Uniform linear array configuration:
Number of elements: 48
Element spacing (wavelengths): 1
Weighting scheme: binomial
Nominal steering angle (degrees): -45
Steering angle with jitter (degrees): -43.284
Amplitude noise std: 0.05
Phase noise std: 0.05

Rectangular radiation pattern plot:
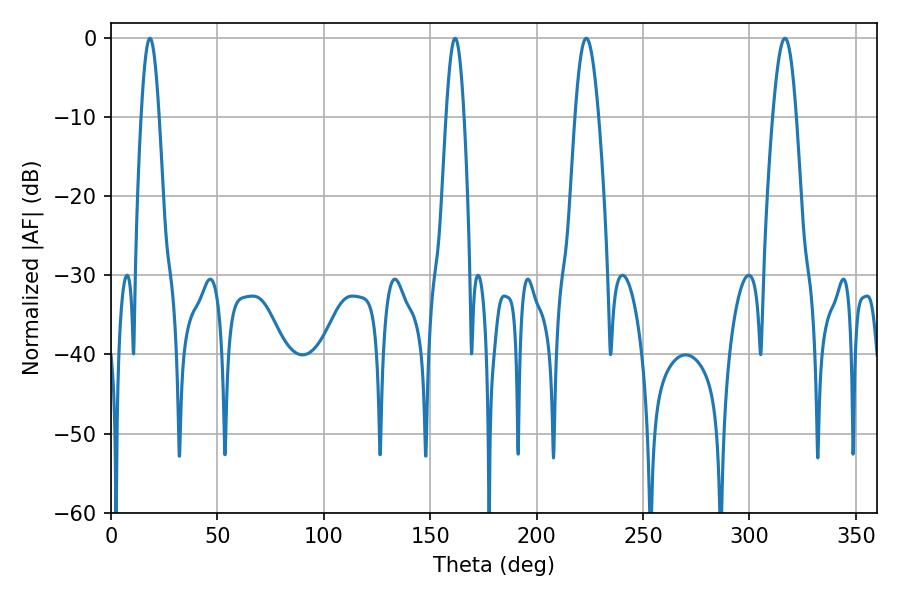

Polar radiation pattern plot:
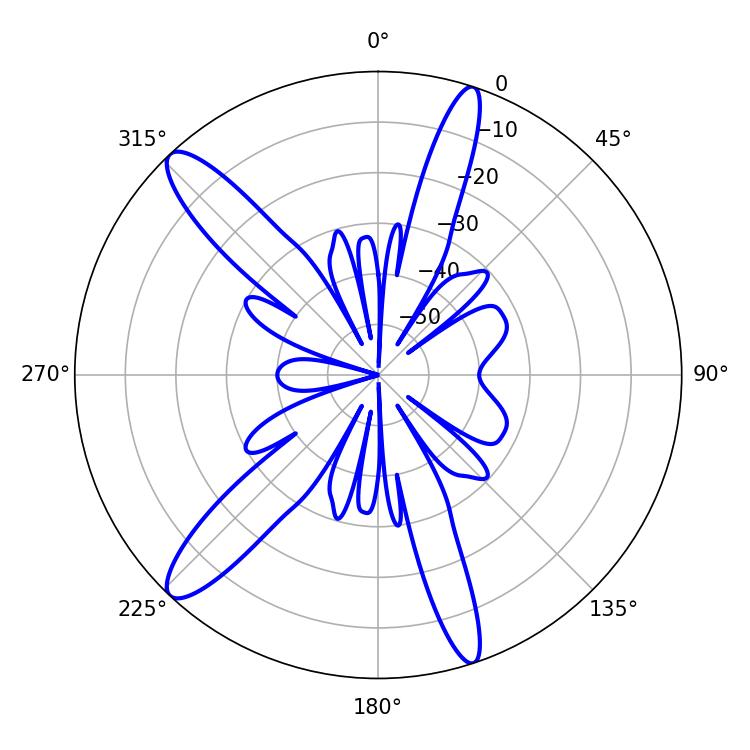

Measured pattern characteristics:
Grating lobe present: TRUE
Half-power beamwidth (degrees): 5.94
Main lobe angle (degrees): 223.38